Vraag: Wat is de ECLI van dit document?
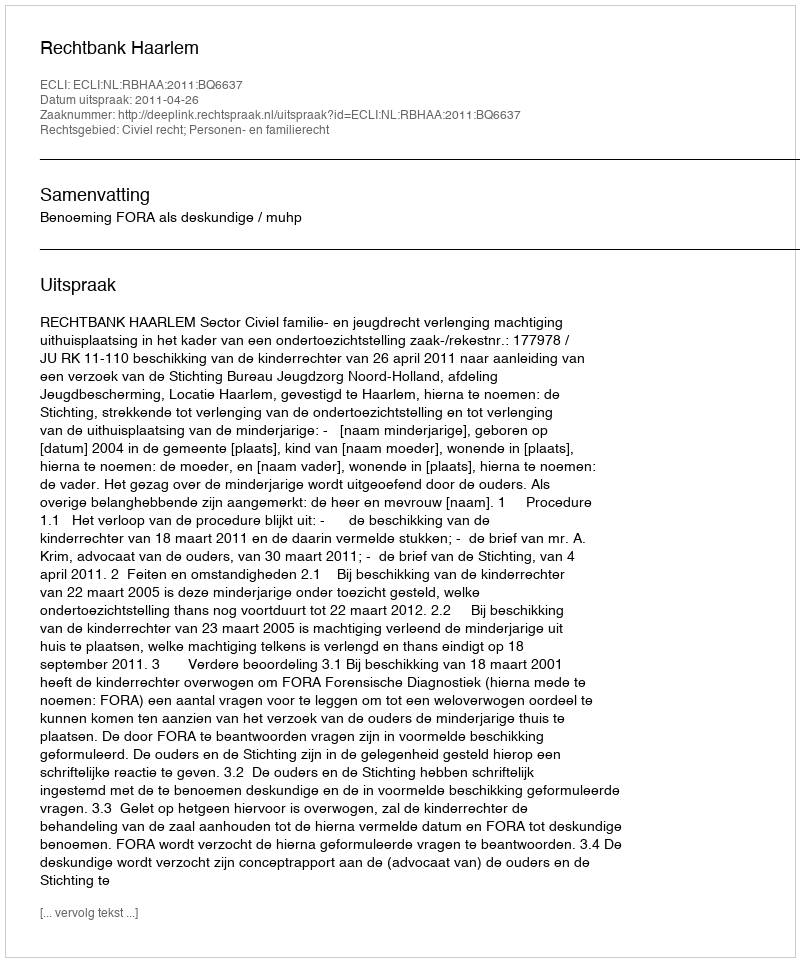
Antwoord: ECLI:NL:RBHAA:2011:BQ6637